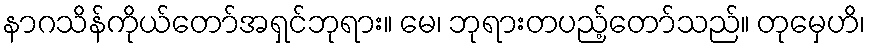
နာဂသိန်ကိုယ်တော်အရှင်ဘုရား။ မေ၊ ဘုရားတပည့်တော်သည်။ တုမှေဟိ၊